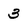
Character: 3